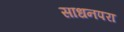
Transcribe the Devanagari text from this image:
साधनपरा